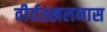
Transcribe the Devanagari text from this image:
वीर्यस्खलनास